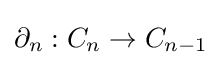
\partial _{n}:C_{n}\to C_{n-1}